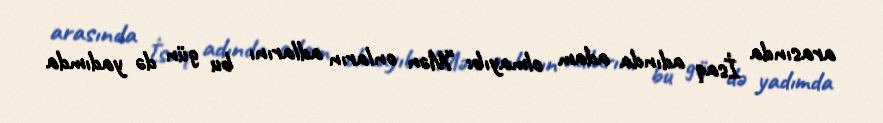
arasında İsaq adında adam olmayıb: “Mən onların adlarını bu gün də yadımda